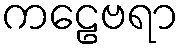
ကဠေဗရာ